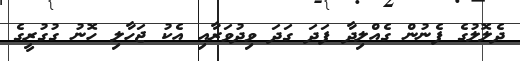
ދެލޮލުގެ ފެނުން ގެއްލިދާ ފަދަ ގަދަ ވިދުވަރާއި އެކު ޖަހާލި ހޮނު ގުގުރީގެ